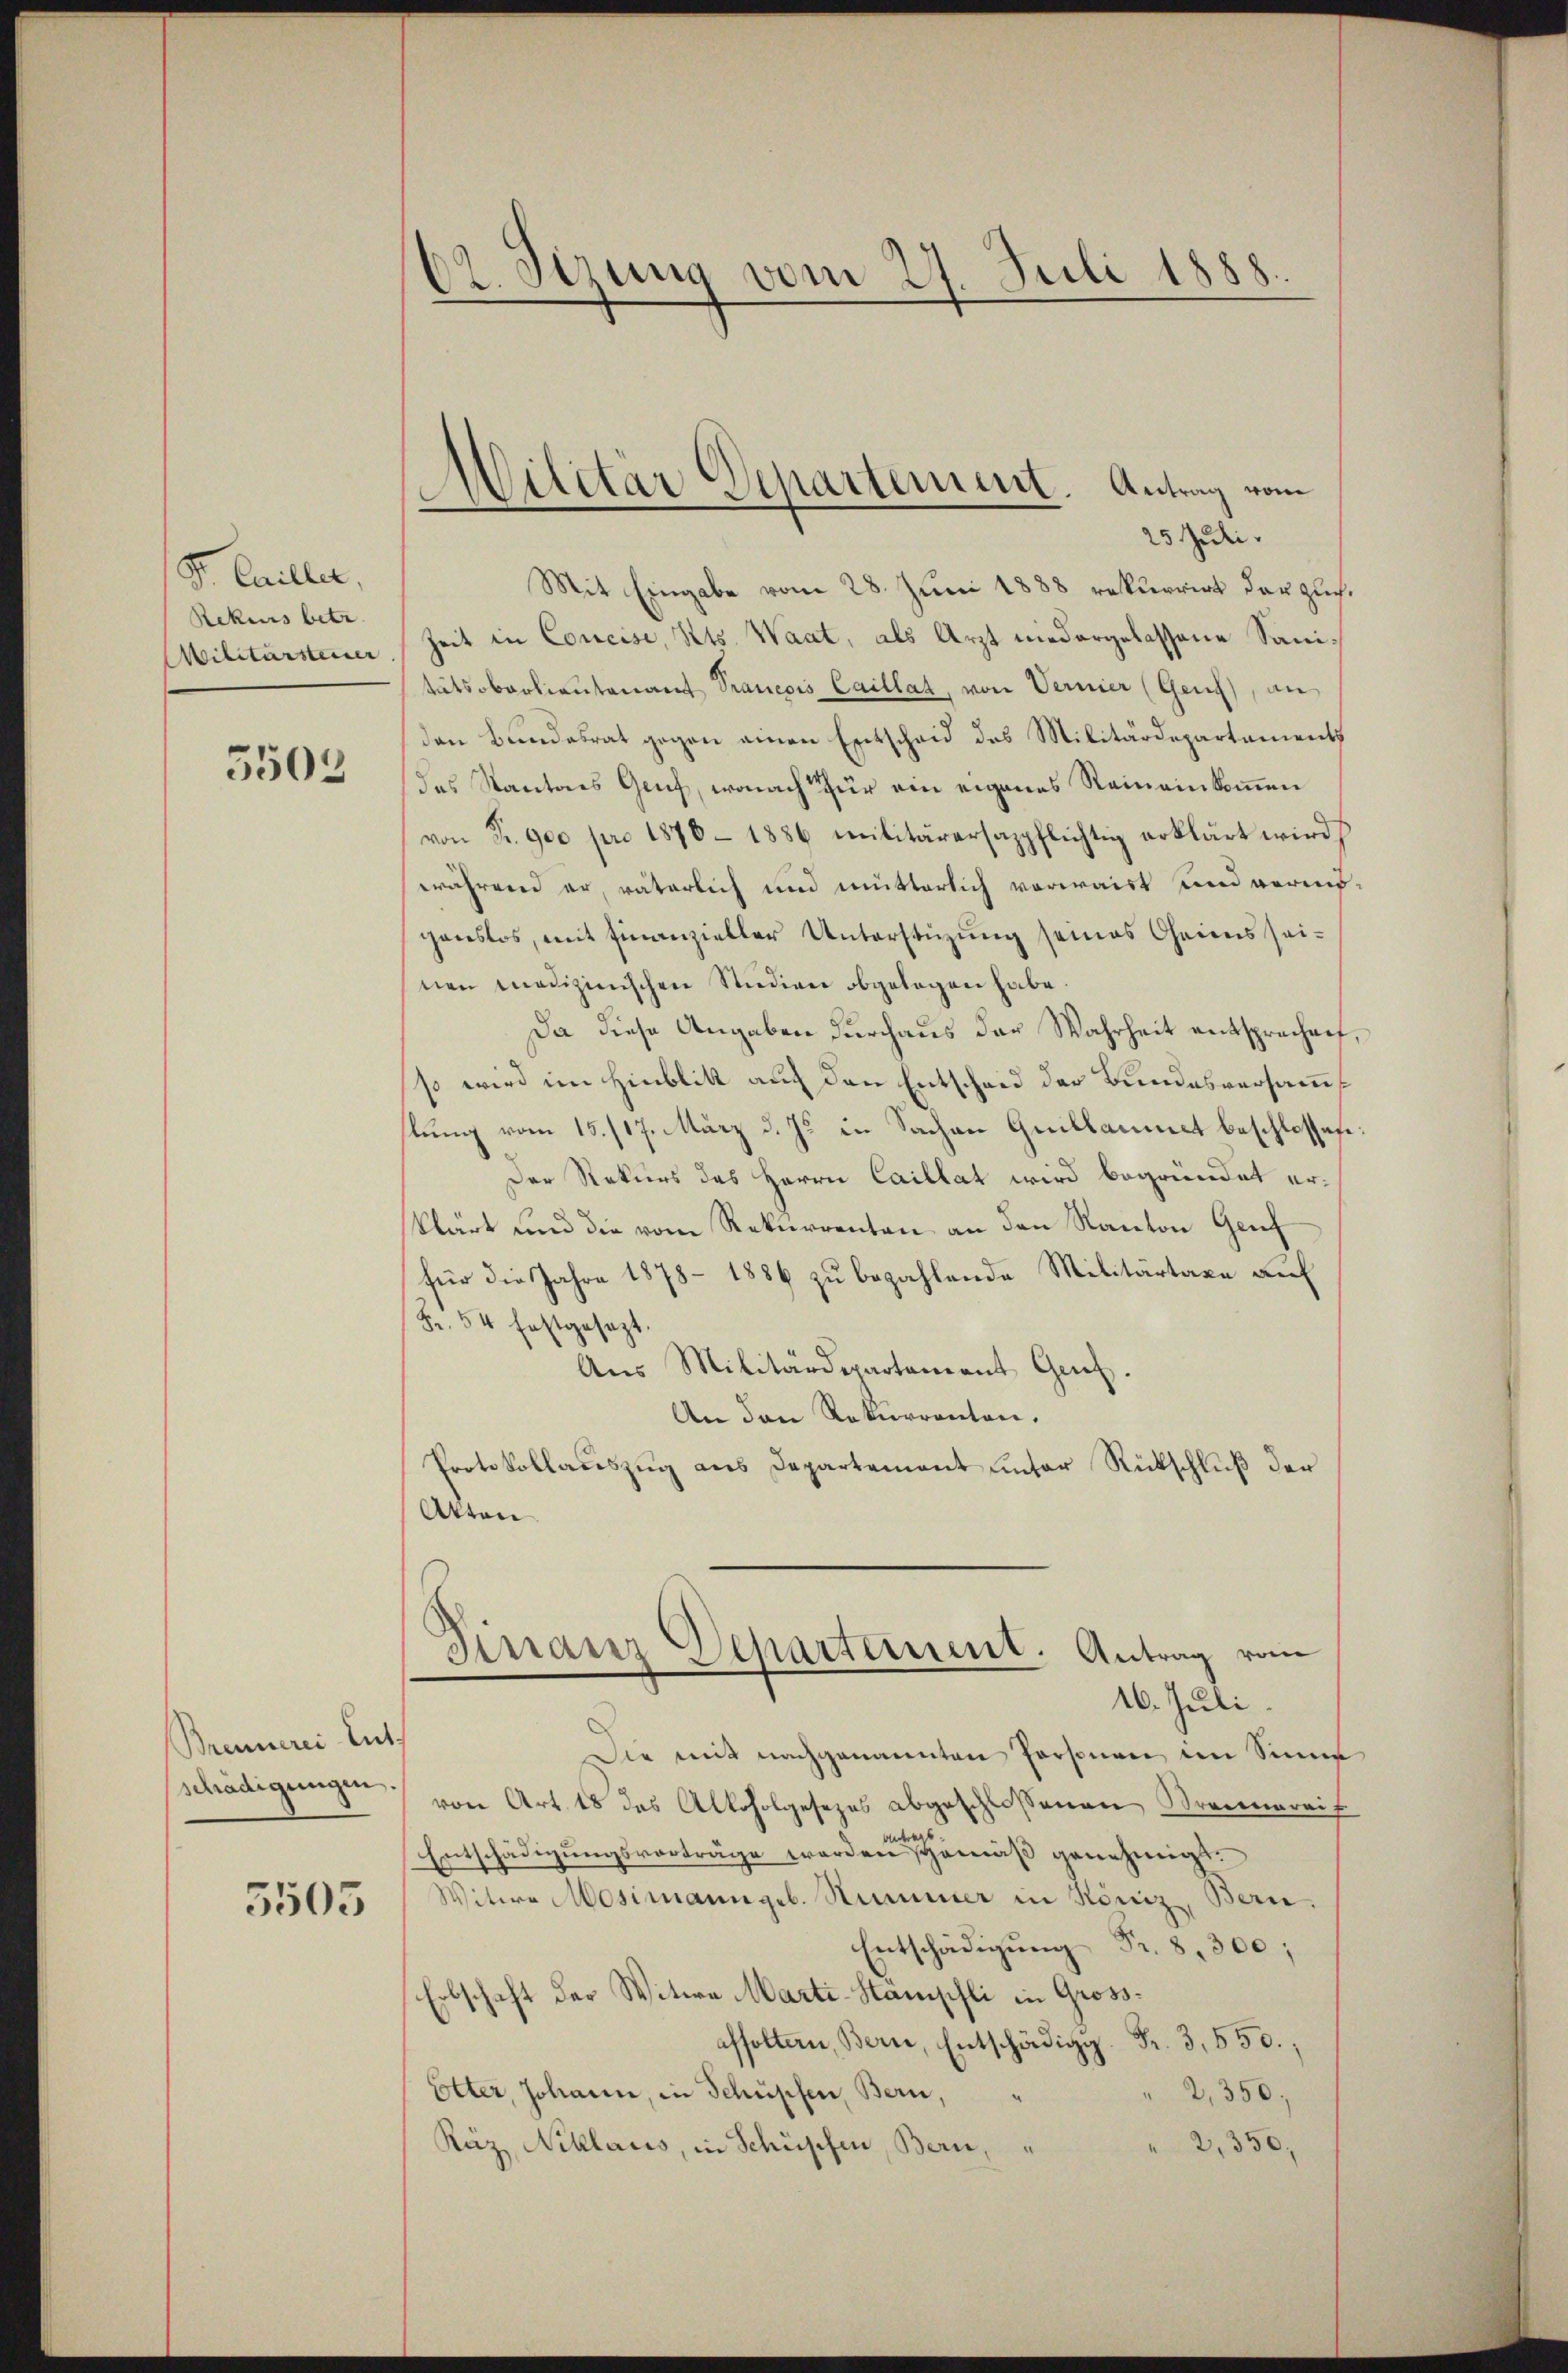
Sr. Emiller,
Rekurs betr.
Militärsteiner

5503

Brennerei Ent-
schädigungen.

5503

dt. Sizung vom 27. Juli 1888.

Militär Departement. Antrag vom
25 Juli.

Mit Eingabe vom 28. Juni 1888 rekurrirt der Zuch¬
Zeit in Concise, Kts. Waat, als Arzt niedergelassene Sanitätsoberlieutenant Trancois Caillat, von Vernier (Genf), an
den Bundesrat gegen einen Entscheid das Militärdepartaments
das Kantons Genf, wonach für ein eigenes Reineinkommen
von Fr. 900 pro 1876 - 1886 militärersappflichtig erklärt wird
während er, väterlich und mutterlich vorwaist und vermöganslos, mit Finanzieller Unterstüzung seines Cheiens seinen Medizinischen Studien abgelegen habe.
Da diese Angaben durchaus der Wahrheit entsprechnet,
so wird im Hinblik auf den Entscheid der Bundesversammlung vom 15. 117. März d. Js. in Sachen Quillaumet beschlossen.
Der Rekurs des Herrn Caillat wird begründet erklärt und die vom Rekurrenten an den Kanton Genf
für die Jahre 1878 - 1886 zu bezahlende Militartaxe auf
Fr. 54 festgesezt.
Aus Militärdepartement Ges.
An den Rekurrenten.
Protokollauszug aus Departement unter Rückschluß der
Akten
Finanz Departement. Antrag vom
16. Juli.
Die mit nachgenannten Personen, im Sinne
von Art. 18 das Alkoholgesezes abgeschlossenen Brennereif
Entschädigungsvorträge werden gemäß genehmigt.
Witwe Mosimann geb. Stummer in Köniz, Bern.
Entschädigung Fr. 8,300;
Erbschaft der Witwe Marti-Stampfli in Gross-
affoltern, Bern, Entschädigg. Fr. 3,550.,
Etter, Johann, in Schüpfen, Bern,
2,350;
Käz, Niklaris, in Schüpfen, Bern,
2,350,